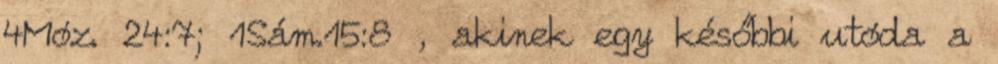
4Móz. 24:7; 1Sám.15:8 , akinek egy későbbi utóda a